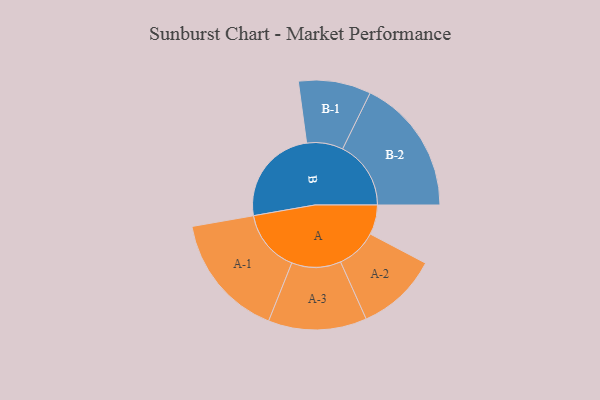
{"axis": {"x": "Segment", "y": "Value"}, "legend": ["", "A", "B"], "data": [{"x": "A", "y": 126, "type": ""}, {"x": "B", "y": 419, "type": ""}, {"x": "A-1", "y": 265, "type": "A"}, {"x": "A-2", "y": 173, "type": "A"}, {"x": "A-3", "y": 209, "type": "A"}, {"x": "B-1", "y": 154, "type": "B"}, {"x": "B-2", "y": 290, "type": "B"}]}